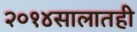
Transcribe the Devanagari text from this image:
२०१४सालातही